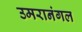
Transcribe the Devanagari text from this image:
उमरानंगल